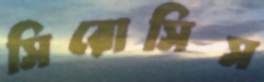
সিরোসিস